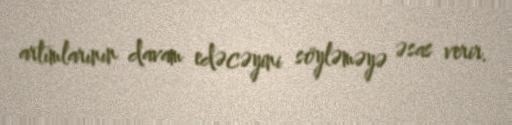
artımlarının davam edəcəyini söyləməyə əsas verir.